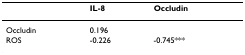
|  | IL-8 | Occludin |
 | --- | --- | --- |
 | Occludin | 0.196 |  |
 | ROS | -0.226 | -0.745*** |